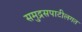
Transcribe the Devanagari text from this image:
समुद्रसपाटीलगत